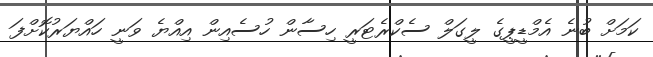
ކަމަށް ބުނެ އެމްޑީޕީގެ ލީގަލް ސެކްރެޓަރީ ހިސާން ހުސެއިން އިއްޔެ ވަނީ ހައްޔަރުކޮށްފަ